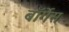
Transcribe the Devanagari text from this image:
बॉर्गेस